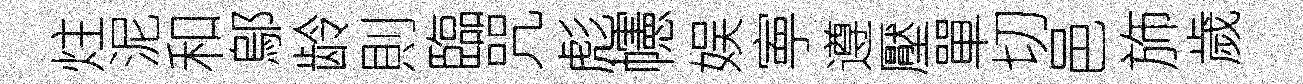
炷泥和鄔龄則臨咒彪幰娱寕遵壓單切邑斾歲